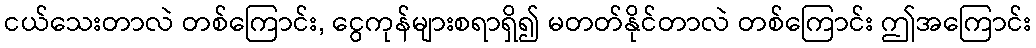
ငယ်သေးတာလဲ တစ်ကြောင်း, ငွေကုန်များစရာရှိ၍ မတတ်နိုင်တာလဲ တစ်ကြောင်း ဤအကြောင်း